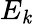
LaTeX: E_{\mathit{k}}